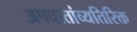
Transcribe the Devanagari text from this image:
अपघातांव्यतिरिक्त